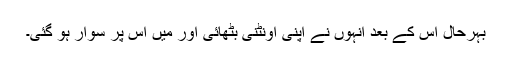
بہرحال اس کے بعد انہوں نے اپنی اونٹنی بٹھائی اور مَیں اس پر سوار ہو گئی۔